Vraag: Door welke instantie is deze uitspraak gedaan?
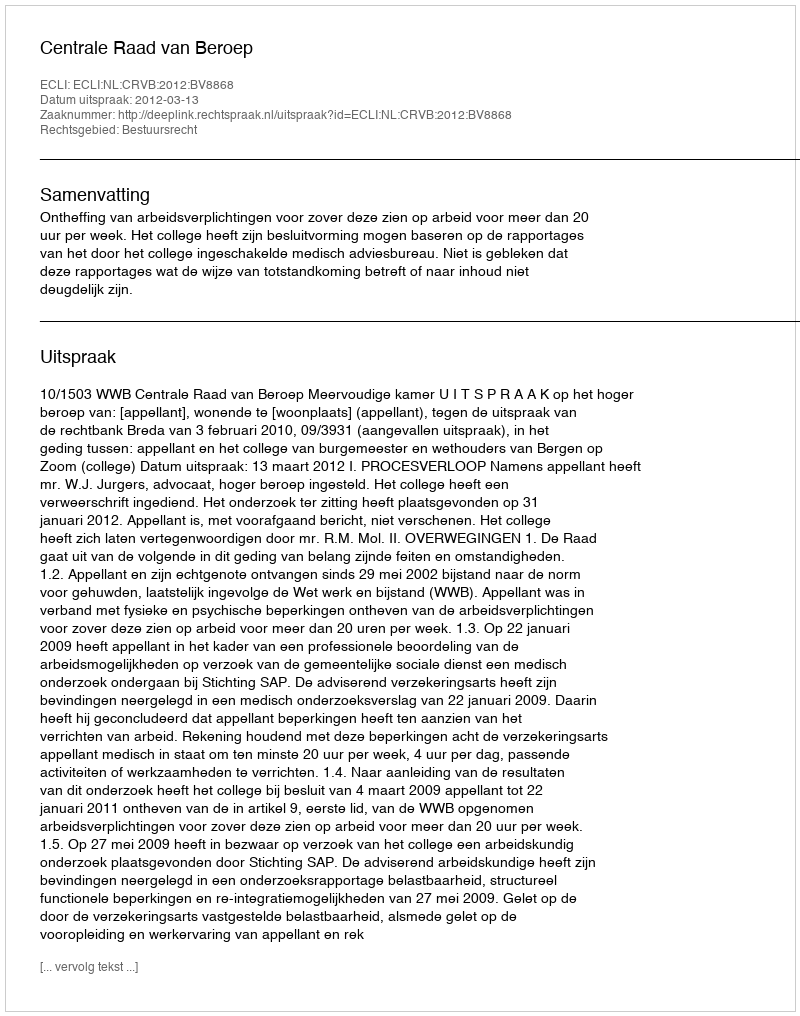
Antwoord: Centrale Raad van Beroep